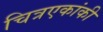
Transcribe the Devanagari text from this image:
चित्रएकांकी